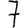
Digit: 7